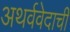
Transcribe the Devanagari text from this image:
अथर्ववेदाची